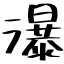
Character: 瀑